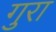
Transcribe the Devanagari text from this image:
गुरा